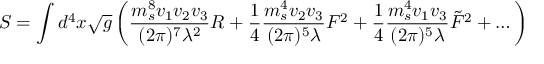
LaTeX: S = \int d ^ { 4 } x \sqrt { g } \left( { \frac { m _ { s } ^ { 8 } v _ { 1 } v _ { 2 } v _ { 3 } } { ( 2 \pi ) ^ { 7 } \lambda ^ { 2 } } } R + { \frac { 1 } { 4 } } { \frac { m _ { s } ^ { 4 } v _ { 2 } v _ { 3 } } { ( 2 \pi ) ^ { 5 } \lambda } } F ^ { 2 } + { \frac { 1 } { 4 } } { \frac { m _ { s } ^ { 4 } v _ { 1 } v _ { 3 } } { ( 2 \pi ) ^ { 5 } \lambda } } \tilde { F } ^ { 2 } + \dots \right)